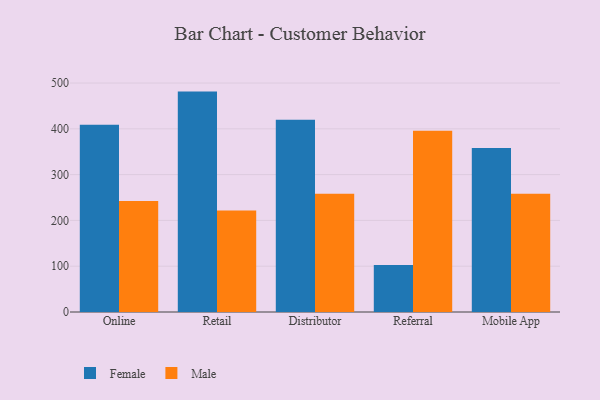
{"axis": {"x": "Channel", "y": "Revenue (USD Million)"}, "legend": ["Female", "Male"], "data": [{"x": "Online", "y": 409.1, "type": "Female"}, {"x": "Online", "y": 242.3, "type": "Male"}, {"x": "Retail", "y": 481.3, "type": "Female"}, {"x": "Retail", "y": 221.9, "type": "Male"}, {"x": "Distributor", "y": 419.7, "type": "Female"}, {"x": "Distributor", "y": 258.4, "type": "Male"}, {"x": "Referral", "y": 102.5, "type": "Female"}, {"x": "Referral", "y": 395.8, "type": "Male"}, {"x": "Mobile App", "y": 357.9, "type": "Female"}, {"x": "Mobile App", "y": 258.2, "type": "Male"}]}